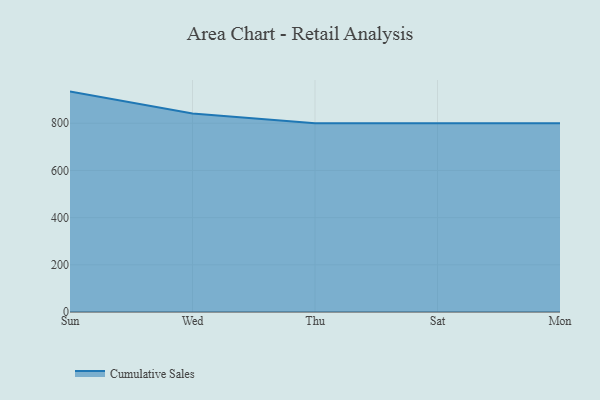
{"axis": {"x": "Day", "y": "Page Views"}, "legend": ["Cumulative Sales"], "data": [{"x": "Sun", "y": 934.3, "type": "Cumulative Sales"}, {"x": "Wed", "y": 841.8, "type": "Cumulative Sales"}, {"x": "Thu", "y": 800, "type": "Cumulative Sales"}, {"x": "Sat", "y": 800, "type": "Cumulative Sales"}, {"x": "Mon", "y": 800, "type": "Cumulative Sales"}]}